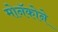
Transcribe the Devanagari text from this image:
मोनॅकोने